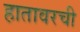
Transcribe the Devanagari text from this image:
हातावरची